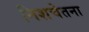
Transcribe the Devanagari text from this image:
निशचेतना